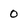
Character: 0